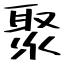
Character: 聚